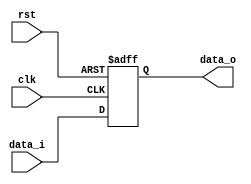
module PipelineReg #(
    parameter size = 32
) 
(
    input clk, 
    input rst, 
    input [size-1:0] data_i, 
    output reg [size-1:0] data_o
);

always @(posedge clk, negedge rst) begin
    if (~rst) data_o <= 0; 
    else data_o <= data_i;
end

endmodule